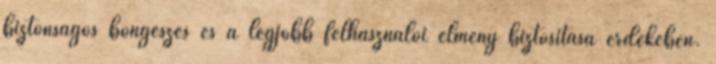
biztonságos böngészés és a legjobb felhasználói élmény biztosítása érdekében.